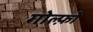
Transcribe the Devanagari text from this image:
गोल्फ़ो